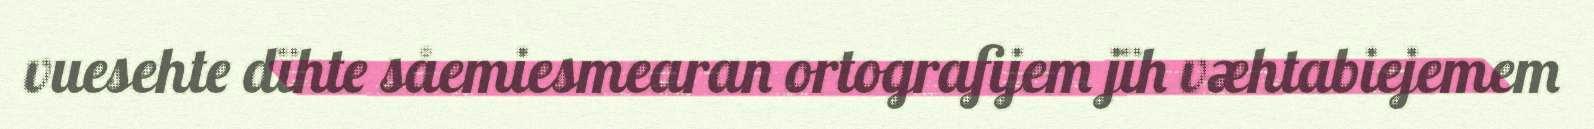
vuesehte dïhte såemiesmearan ortografijem jïh væhtabiejemem